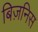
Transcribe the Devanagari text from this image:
बिज़निस